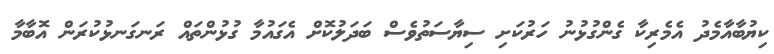
ކިޔުބާއާމެދު އެމެރިކާ ގެންގުޅުނު ހަރުކަށި ސިޔާސަތުވެސް ބަދަލުކޮށް އެގައުމާ ގުޅުންތައް ރަނގަނޅުކުރަން އޮބާމާ